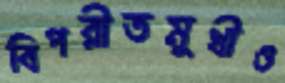
বিপরীতমুখীও